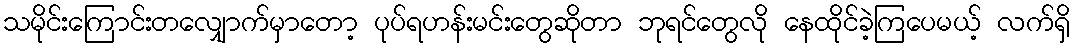
သမိုင်းကြောင်းတလျှောက်မှာတော့ ပုပ်ရဟန်းမင်းတွေဆိုတာ ဘုရင်တွေလို နေထိုင်ခဲ့ကြပေမယ့် လက်ရှိ